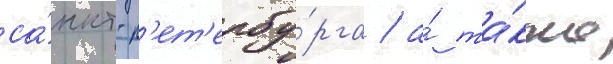
са́нкт-п'ет'ербу́рга / а́ та́кже